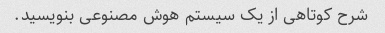
شرح کوتاهی از یک سیستم هوش مصنوعی بنویسید.